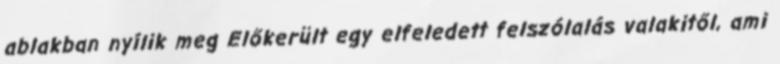
ablakban nyílik meg Előkerült egy elfeledett felszólalás valakitől, ami